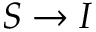
S \to I